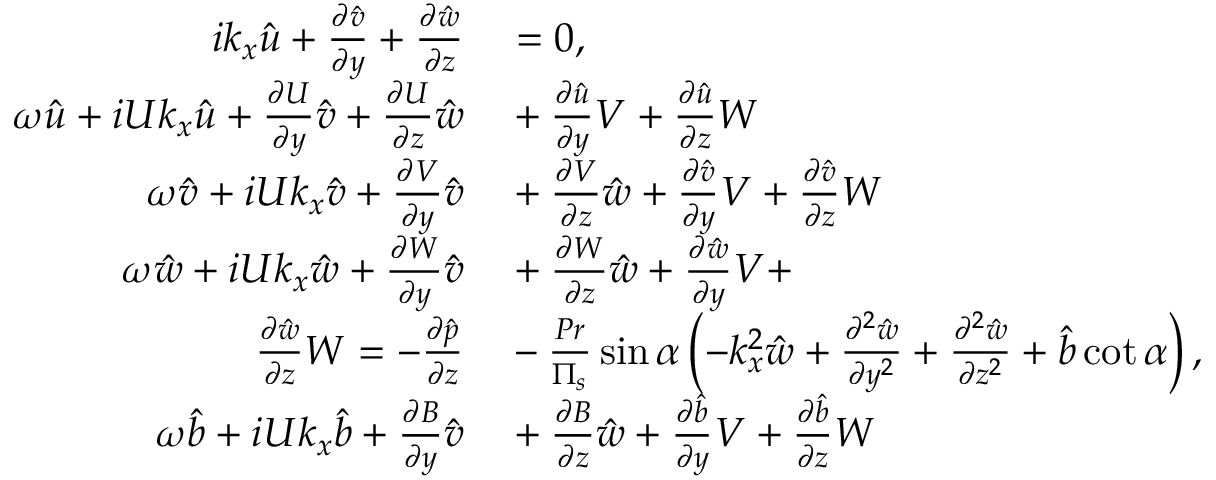
\begin{array} { r l } { i k _ { x } \hat { u } + \frac { \partial \hat { v } } { \partial y } + \frac { \partial \hat { w } } { \partial z } } & { { } = 0 , } \\ { \omega \hat { u } + i U k _ { x } \hat { u } + \frac { \partial U } { \partial y } \hat { v } + \frac { \partial U } { \partial z } \hat { w } } & { { } + \frac { \partial \hat { u } } { \partial y } V + \frac { \partial \hat { u } } { \partial z } W } \\ { \omega \hat { v } + i U k _ { x } \hat { v } + \frac { \partial V } { \partial y } \hat { v } } & { { } + \frac { \partial V } { \partial z } \hat { w } + \frac { \partial \hat { v } } { \partial y } V + \frac { \partial \hat { v } } { \partial z } W } \\ { \omega \hat { w } + i U k _ { x } \hat { w } + \frac { \partial W } { \partial y } \hat { v } } & { { } + \frac { \partial W } { \partial z } \hat { w } + \frac { \partial \hat { w } } { \partial y } V + } \\ { \frac { \partial \hat { w } } { \partial z } W = - \frac { \partial \hat { p } } { \partial z } } & { { } - \frac { P r } { \Pi _ { s } } \sin \alpha \left( - k _ { x } ^ { 2 } \hat { w } + \frac { \partial ^ { 2 } \hat { w } } { \partial y ^ { 2 } } + \frac { \partial ^ { 2 } \hat { w } } { \partial z ^ { 2 } } + \hat { b } \cot \alpha \right) , } \\ { \omega \hat { b } + i U k _ { x } \hat { b } + \frac { \partial B } { \partial y } \hat { v } } & { { } + \frac { \partial B } { \partial z } \hat { w } + \frac { \partial \hat { b } } { \partial y } V + \frac { \partial \hat { b } } { \partial z } W } \end{array}